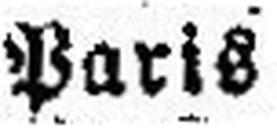
Paris